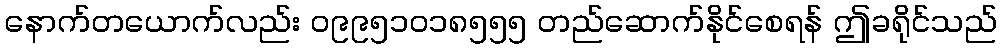
နောက်တယောက်လည်း ၀၉၉၅၁၀၁၈၅၅၅ တည်ဆောက်နိုင်စေရန် ဤခရိုင်သည်